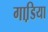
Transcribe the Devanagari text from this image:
गाडि़या